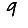
Digit: 9